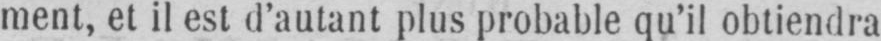
ment, et il est d’autant plus probable qu’il obtiendra